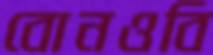
বোনওবি